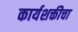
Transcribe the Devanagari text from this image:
कार्यशक्तीचा